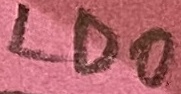
Text: LDO